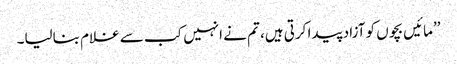
’’مائیں بچوں کو آزاد پیدا کرتی ہیں، تم نے انہیں کب سے غلام بنالیا۔